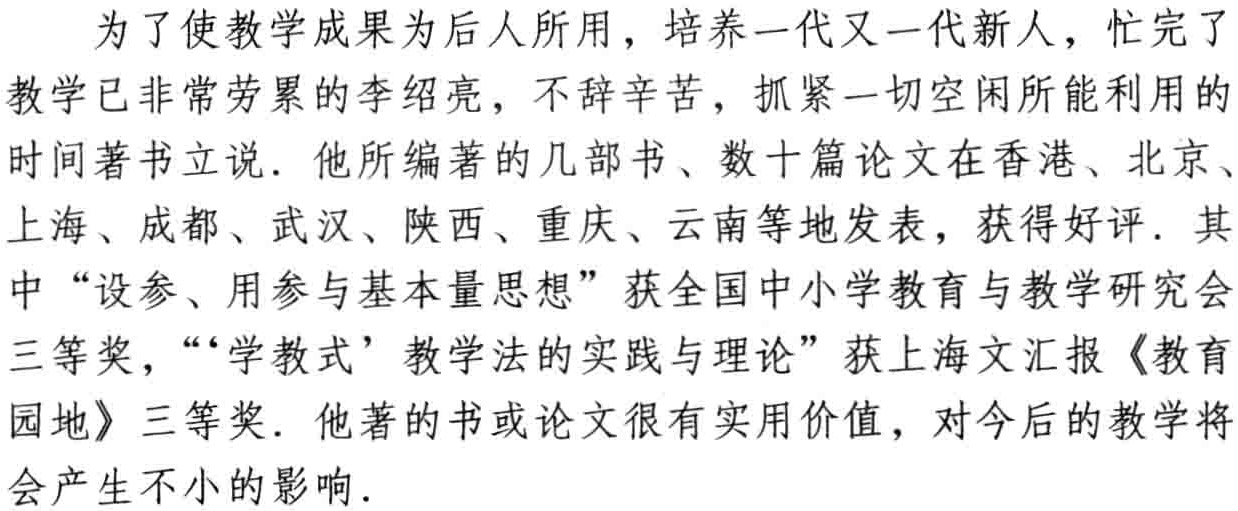
为了使教学成果为后人所用，培养一代又一代新人，忙完了教学已非常劳累的李绍亮，不辞辛苦，抓紧一切空闲所能利用的时间著书立说. 他所编著的几部书、数十篇论文在香港、北京、上海、成都、武汉、陕西、重庆、云南等地发表，获得好评. 其中“设参、用参与基本量思想”获全国中小学教育与教学研究会三等奖，“‘学教式’教学法的实践与理论”获上海文汇报《教育园地》三等奖. 他著的书或论文很有实用价值，对今后的教学将会产生不小的影响.